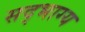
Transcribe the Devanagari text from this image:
सद्‌भाग्य